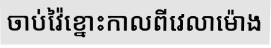
ចាប់វ៉ៃខ្នោះកាលពីវេលាម៉ោង